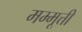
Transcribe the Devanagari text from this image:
मम्मूत्ती